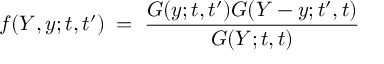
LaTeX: f ( Y , y ; t , t ^ { \prime } ) \; = \; \frac { G ( y ; t , t ^ { \prime } ) G ( Y - y ; t ^ { \prime } , t ) } { G ( Y ; t , t ) }